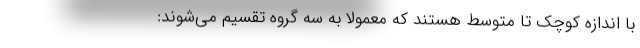
با اندازه کوچک تا متوسط هستند که معمولا به سه گروه تقسیم می‌شوند: